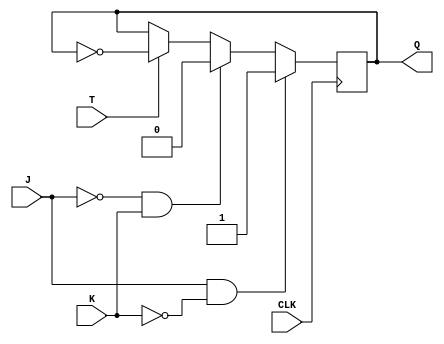
module t_ff_jk (input T, input J, input K, input CLK, output reg Q);

always @(posedge CLK) begin
    if (J && ~K)
        Q <= 1'b1;
    else if (~J && K)
        Q <= 1'b0;
    else if (T)
        Q <= ~Q;
end

endmodule